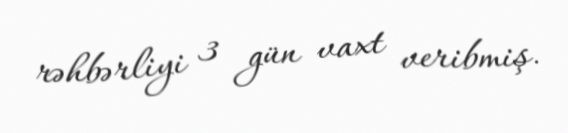
rəhbərliyi 3 gün vaxt veribmiş.